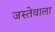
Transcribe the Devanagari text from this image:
जस्तेवाला